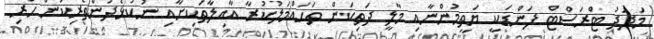
މަދަދު ޓްރަސްޓް ފަންޑަކީ ޔަތީމުންނާއި މާލީ ދަތިކަން ތަޙައްމަލުކުރާ އާއިލާތަކިށާއި ނުކުޅެދުންތެރިކަން ހުރި